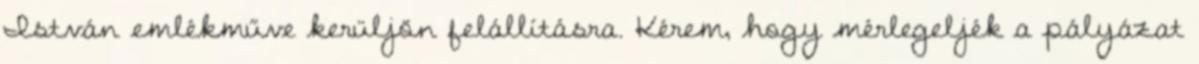
István emlékműve kerüljön felállításra. Kérem, hogy mérlegeljék a pályázat